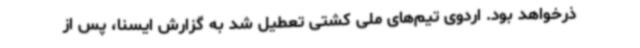
ذرخواهد بود. اردوی تیم‌های ملی کشتی تعطیل شد به گزارش ایسنا، پس از